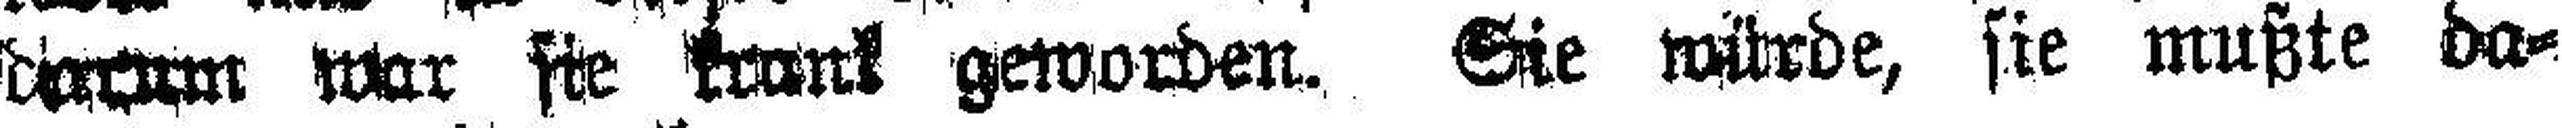
darum war sie krank geworden. Sie würde, sie mußte da¬